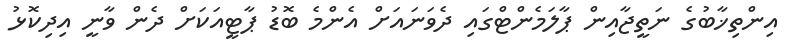
އިންތިޚާބުގެ ނަތީޖާއިން ޕާލަމެންޓްގައި ދެވަނައަށް އެންމެ ބޮޑު ޕާޓީއަކަށް ދެން ވާނީ އިދިކޮޅު